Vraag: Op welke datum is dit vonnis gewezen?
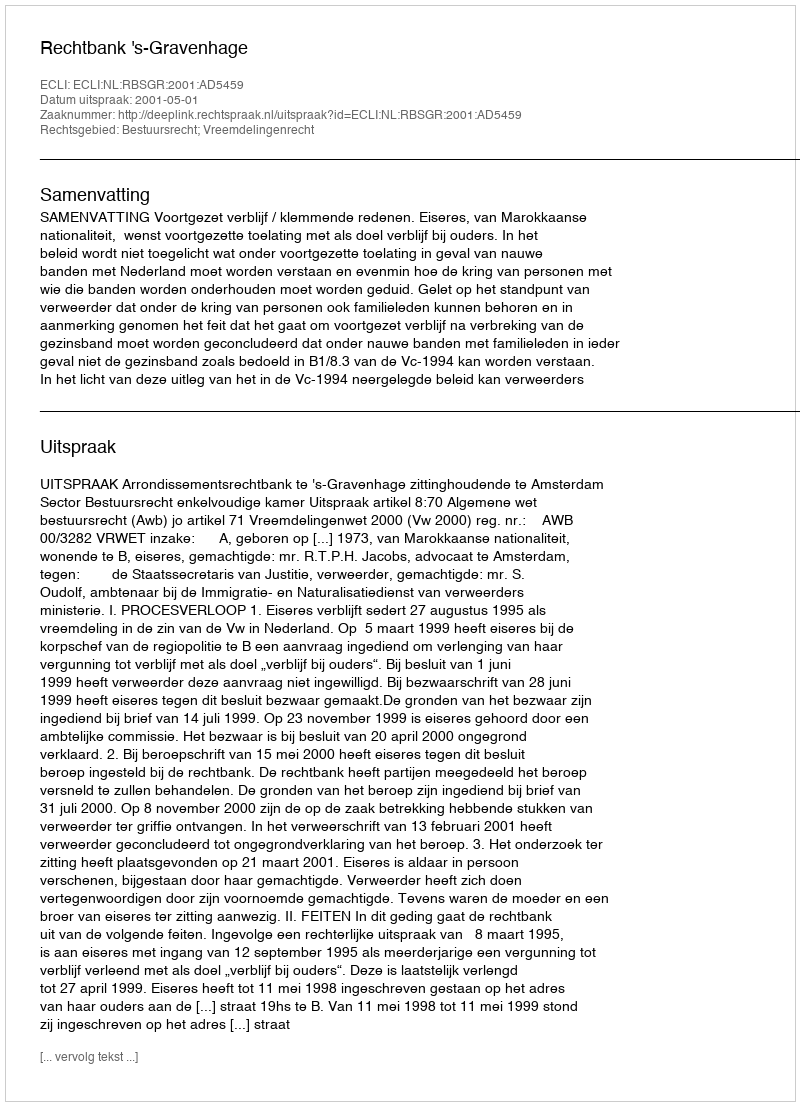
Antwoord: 2001-05-01